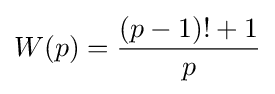
W(p)={\frac {(p-1)!+1}{p}}